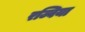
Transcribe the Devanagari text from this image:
रज्विया